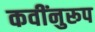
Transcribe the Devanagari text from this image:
कवींनुरूप